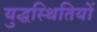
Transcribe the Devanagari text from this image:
युद्धस्थितियों